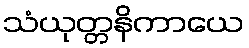
သံယုတ္တနိကာယေ